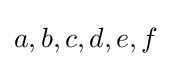
a,b,c,d,e,f